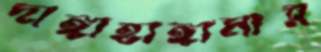
দাঙ্গাহাঙ্গামার